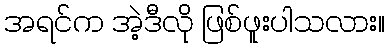
အရင်က အဲ့ဒီလို ဖြစ်ဖူးပါသလား။